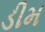
ડીમ